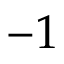
- 1